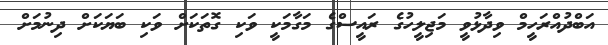
އަބްދުއްރަހީމް ވިދާޅުވީ މަޖިލީހުގެ ރައީސްގެ މަގާމަކީ ވަކި ގޮތަކަށް ވަކި ބަޔަކަށް ދިނުމަށް